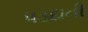
પડદાની